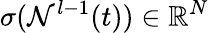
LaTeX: \sigma(\mathcal{N}^{l-1}(t))\in\mathbb{R}^{N}